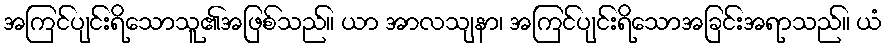
အကြင်ပျင်းရိသောသူ၏အဖြစ်သည်။ ယာ အာလသျနာ၊ အကြင်ပျင်းရိသောအခြင်းအရာသည်။ ယံ